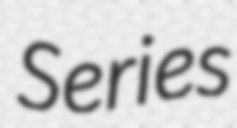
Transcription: Series